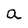
Character: A